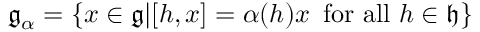
{ \mathfrak { g } } _ { \alpha } = \{ x \in { \mathfrak { g } } | [ h , x ] = \alpha ( h ) x \, { \mathrm { ~ f o r ~ a l l ~ } } h \in { \mathfrak { h } } \}